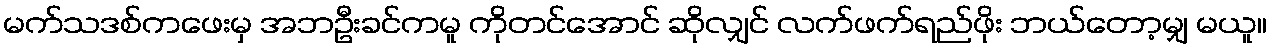
မက်သဒစ်ကဖေးမှ အဘဦးခင်ကမူ ကိုတင်အောင် ဆိုလျှင် လက်ဖက်ရည်ဖိုး ဘယ်တော့မျှ မယူ။